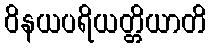
ဝိနယပရိယတ္တိယာတိ